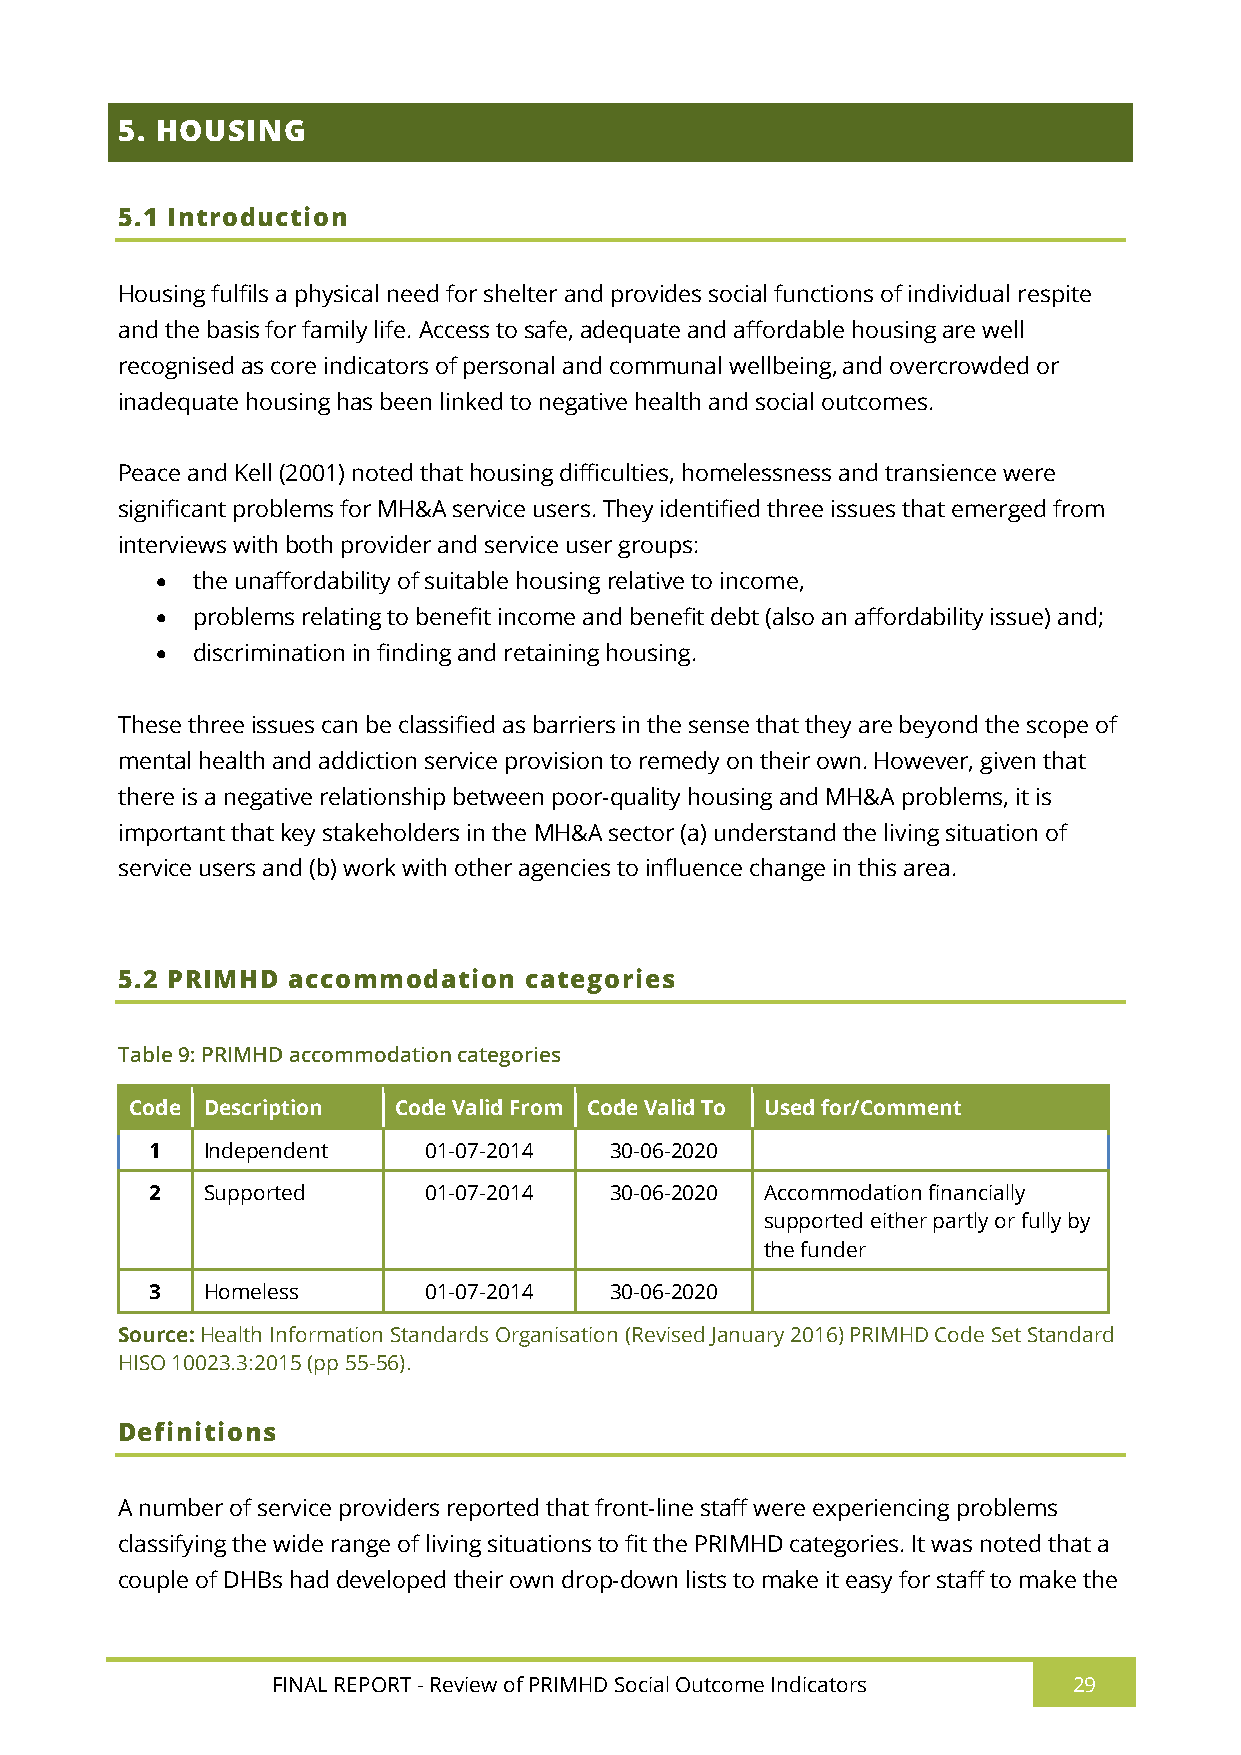
5. HOUSING
 5.1 Introduction
 Housing fulfils a physical need for shelter and provides social functions of individual respite
 and the basis for family life. Access to safe, adequate and affordable housing are well
 recognised as core indicators of personal and communal wellbeing, and overcrowded or
 inadequate housing has been linked to negative health and social outcomes.
 Peace and Kell (2001) noted that housing difficulties, homelessness and transience were
 significant problems for MH&A service users. They identified three issues that emerged from
 interviews with both provider and service user groups:
   the unaffordability of suitable housing relative to income,
   problems relating to benefit income and benefit debt (also an affordability issue) and;
   discrimination in finding and retaining housing.
 These three issues can be classified as barriers in the sense that they are beyond the scope of
 mental health and addiction service provision to remedy on their own. However, given that
 there is a negative relationship between poor-quality housing and MH&A problems, it is
 important that key stakeholders in the MH&A sector (a) understand the living situation of
 service users and (b) work with other agencies to influence change in this area.
 5.2 PRIMHD accommodation   categories
 Table 9: PRIMHD accommodation categories
 Code Description Code Valid From Code Valid To Used for/Comment
 1  Independent    01-07-2014  30-06-2020
 2  Supported      01-07-2014  30-06-2020 Accommodation financially
 supported either partly or fully by
 the funder
 3  Homeless       01-07-2014  30-06-2020
 Source: Health Information Standards Organisation (Revised January 2016) PRIMHD Code Set Standard
 HISO 10023.3:2015 (pp 55-56).
 Definitions
 A number of service providers reported that front-line staff were experiencing problems
 classifying the wide range of living situations to fit the PRIMHD categories. It was noted that a
 couple of DHBs had developed their own drop-down lists to make it easy for staff to make the
 FINAL REPORT - Review of PRIMHD Social Outcome Indicators 29